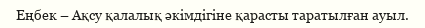
Еңбек – Ақсу қалалық әкімдігіне қарасты таратылған ауыл.